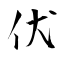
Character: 伏